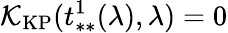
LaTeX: \mathcal{K}_{\mathrm{KP}}(t_{**}^{1}(\lambda),\lambda)=0